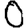
Digit: 0